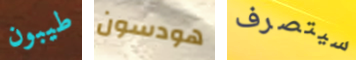
طيبون هودسون سيتصرف